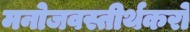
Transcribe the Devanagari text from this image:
मनोजवस्तीर्थकरो